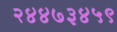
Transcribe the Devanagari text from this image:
२४४७३४५९